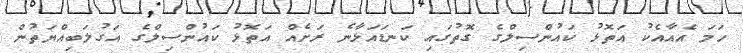
ހަމަ އެއާއެކު އަތޮޅު ކައުންސިލްގެ ގޮތުގައި ކަނޑައަޅާނެ ރަށެއް އަތޮޅު ކައުންސިލްގެ އަގުލަބިއްޔަތުން